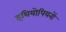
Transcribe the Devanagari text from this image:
इथियोपियनों